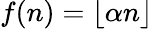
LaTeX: f(n)=\lfloor\alpha n\rfloor